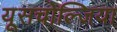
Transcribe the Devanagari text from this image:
यूसचोल्जिया